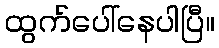
ထွက်ပေါ်နေပါပြီ။